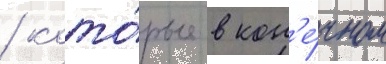
/ кото́рые в кон'е́чном